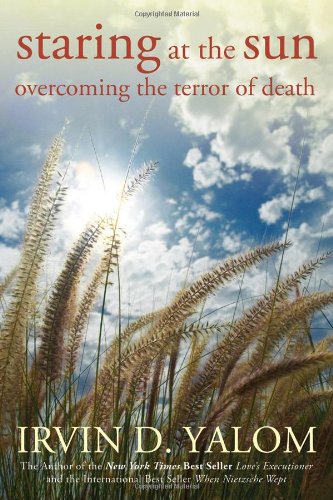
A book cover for Staring at the Sun: Overcoming the Terror of Death; Irvin D. Yalom; Self-Help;